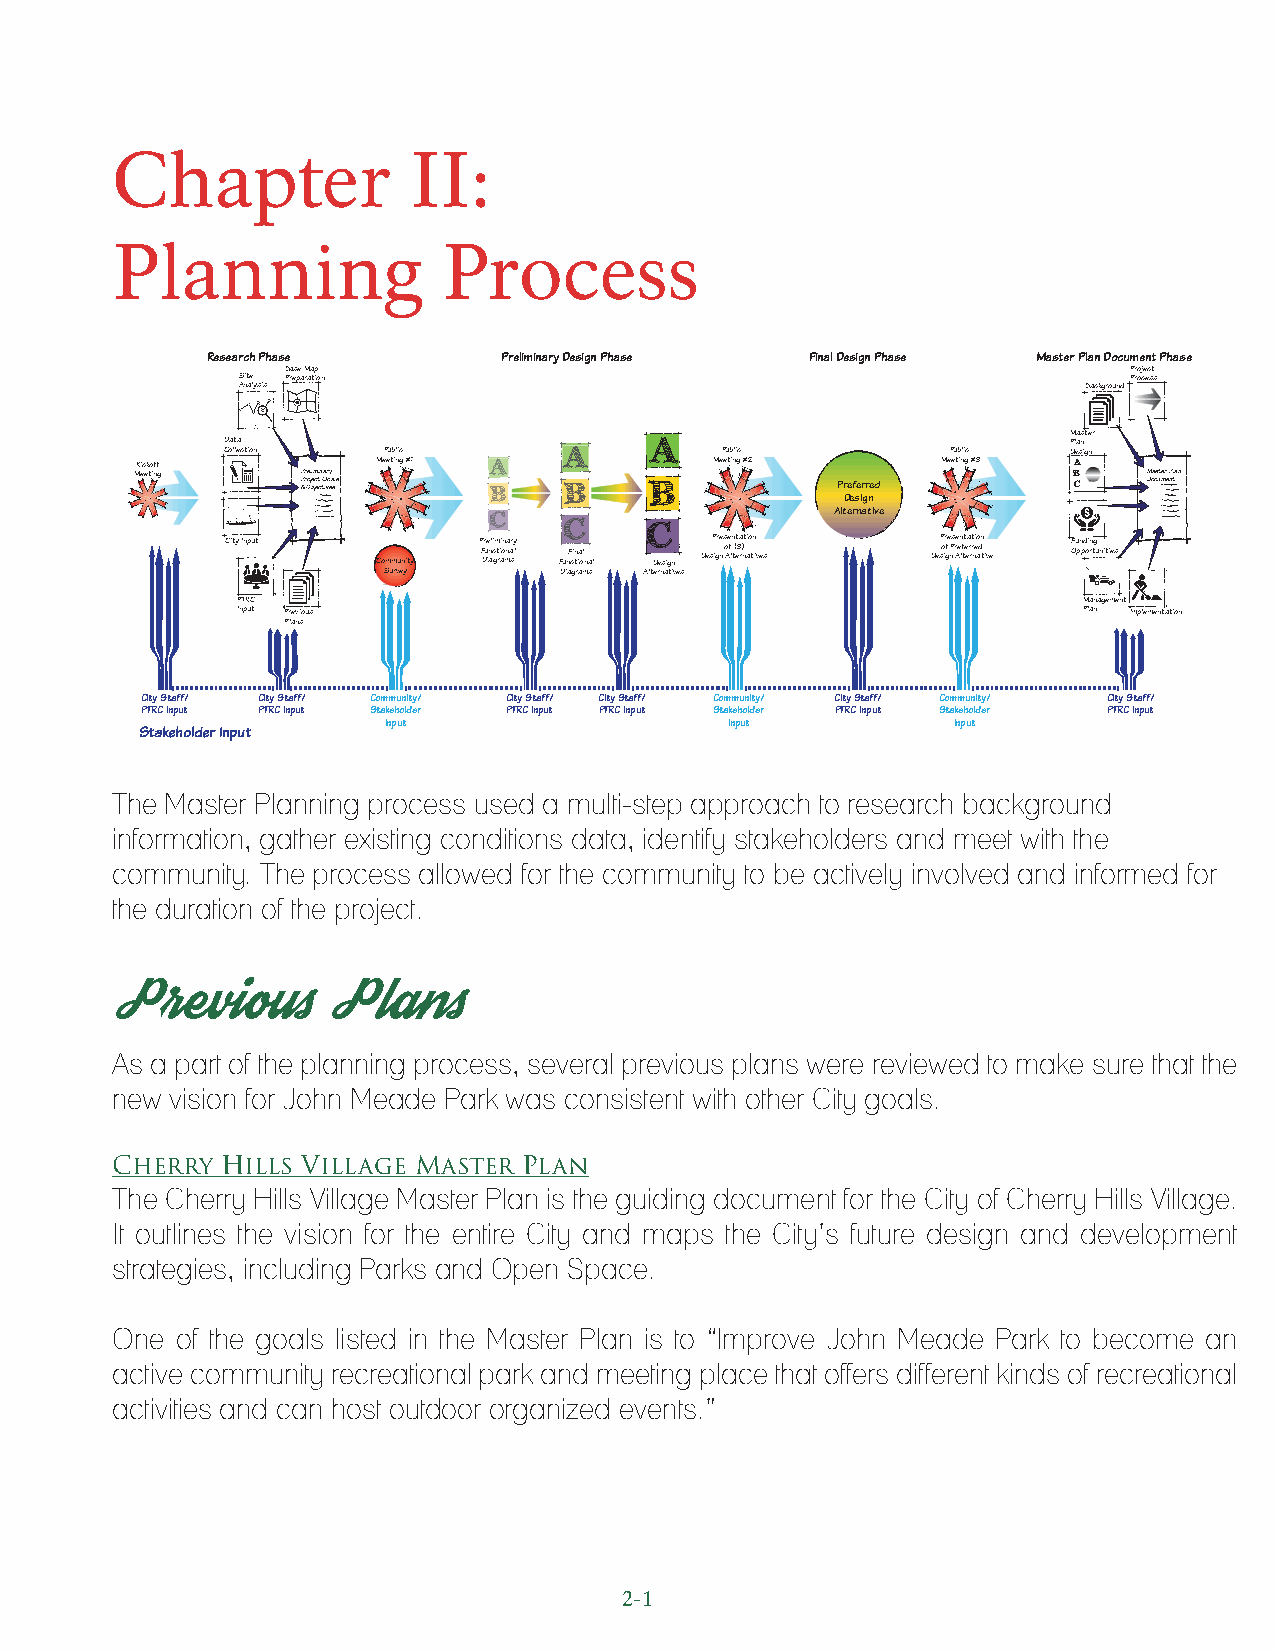
Chapter             II:
 Planning              Process
 Research Phase     Preliminary Design Phase Final Design Phase Master Plan Document Phase
 Base Map                                                Project
 Site Preparation                                           Process
 Analysis                                                Background
 D Coa lt lea ction Public AAA A  Public         Public  M P Dl eaa sns igte nr
 Kickoff         Meeting #1 AAA        Meeting #2     Meeting #3 A
 Meeting    P P &r r Oe ol j bi em jc ei t cn tGa ivr oy ea sls B B B Preferred B C M Doa cs ut mer e nP tlan
 Design
 C   C     C           Alternative
 City Input Community P F Dr u ie anli c gm t ri ai on mna ar sy l FunF cin tia ol nal Design DesP igre ns o Ae f ln t(t e3a r) nti ao tn ives DesP o ir gfe nPs re Aen lf tt e ea r rt r ni eo adn tive F Ou pn pd oi rn tg unities
 Survey      Diagrams Alternatives
 PTRC                                                    Management
 Input Previous                                          Plan Implementation
 Plans
 City Staff/ City Staff/ Community/ City Staff/ City Staff/ Community/ City Staff/ Community/ City Staff/
 PTRC Input PTRC Input Stakeholder PTRC Input PTRC Input Stakeholder PTRC Input Stakeholder PTRC Input
 Input                  Input          Input
 Stakeholder Input
 The Master Planning process used a multi-step approach to research background
 information, gather existing conditions data, identify stakeholders and meet with the
 community. The process allowed for the community to be actively involved and informed for
 the duration of the project.
 Previous       Plans
 As a part of the planning process, several previous plans were reviewed to make sure that the
 new vision for John Meade Park was consistent with other City goals.
 Cherry  Hills Village Master Plan
 The Cherry Hills Village Master Plan is the guiding document for the City of Cherry Hills Village.
 It outlines the vision for the entire City and maps the City’s future design and development
 strategies, including Parks and Open Space.
 One  of the goals listed in the Master Plan is to “Improve John Meade Park to become an
 active community recreational park and meeting place that offers different kinds of recreational
 activities and can host outdoor organized events.”
 2-1